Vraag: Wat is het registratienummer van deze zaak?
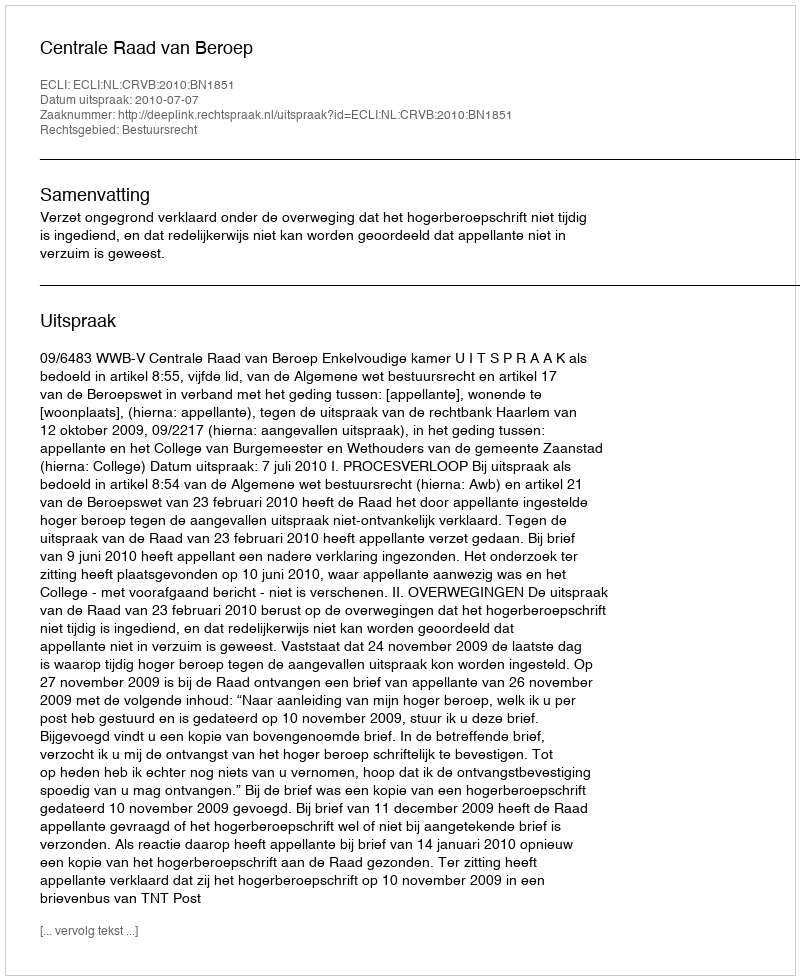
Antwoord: http://deeplink.rechtspraak.nl/uitspraak?id=ECLI:NL:CRVB:2010:BN1851